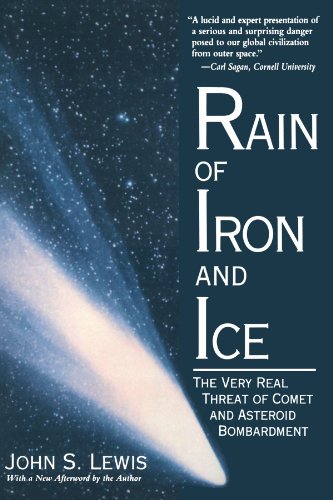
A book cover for Rain Of Iron And Ice: The Very Real Threat Of Comet And Asteroid Bombardment (Helix Books); John S. Lewis; Science & Math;